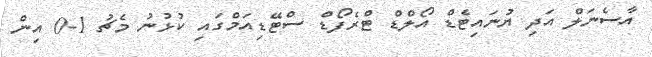
އާސެނަލް އަދި ޔުނައިޓެޑް އޯލްޑް ޓްރެފޯޑް ސްޓޭޑިއަމްގައި ކުޅުނު މެޗު 1-0 އިން